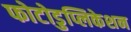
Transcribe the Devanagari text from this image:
फोटोडुप्लिकेशन